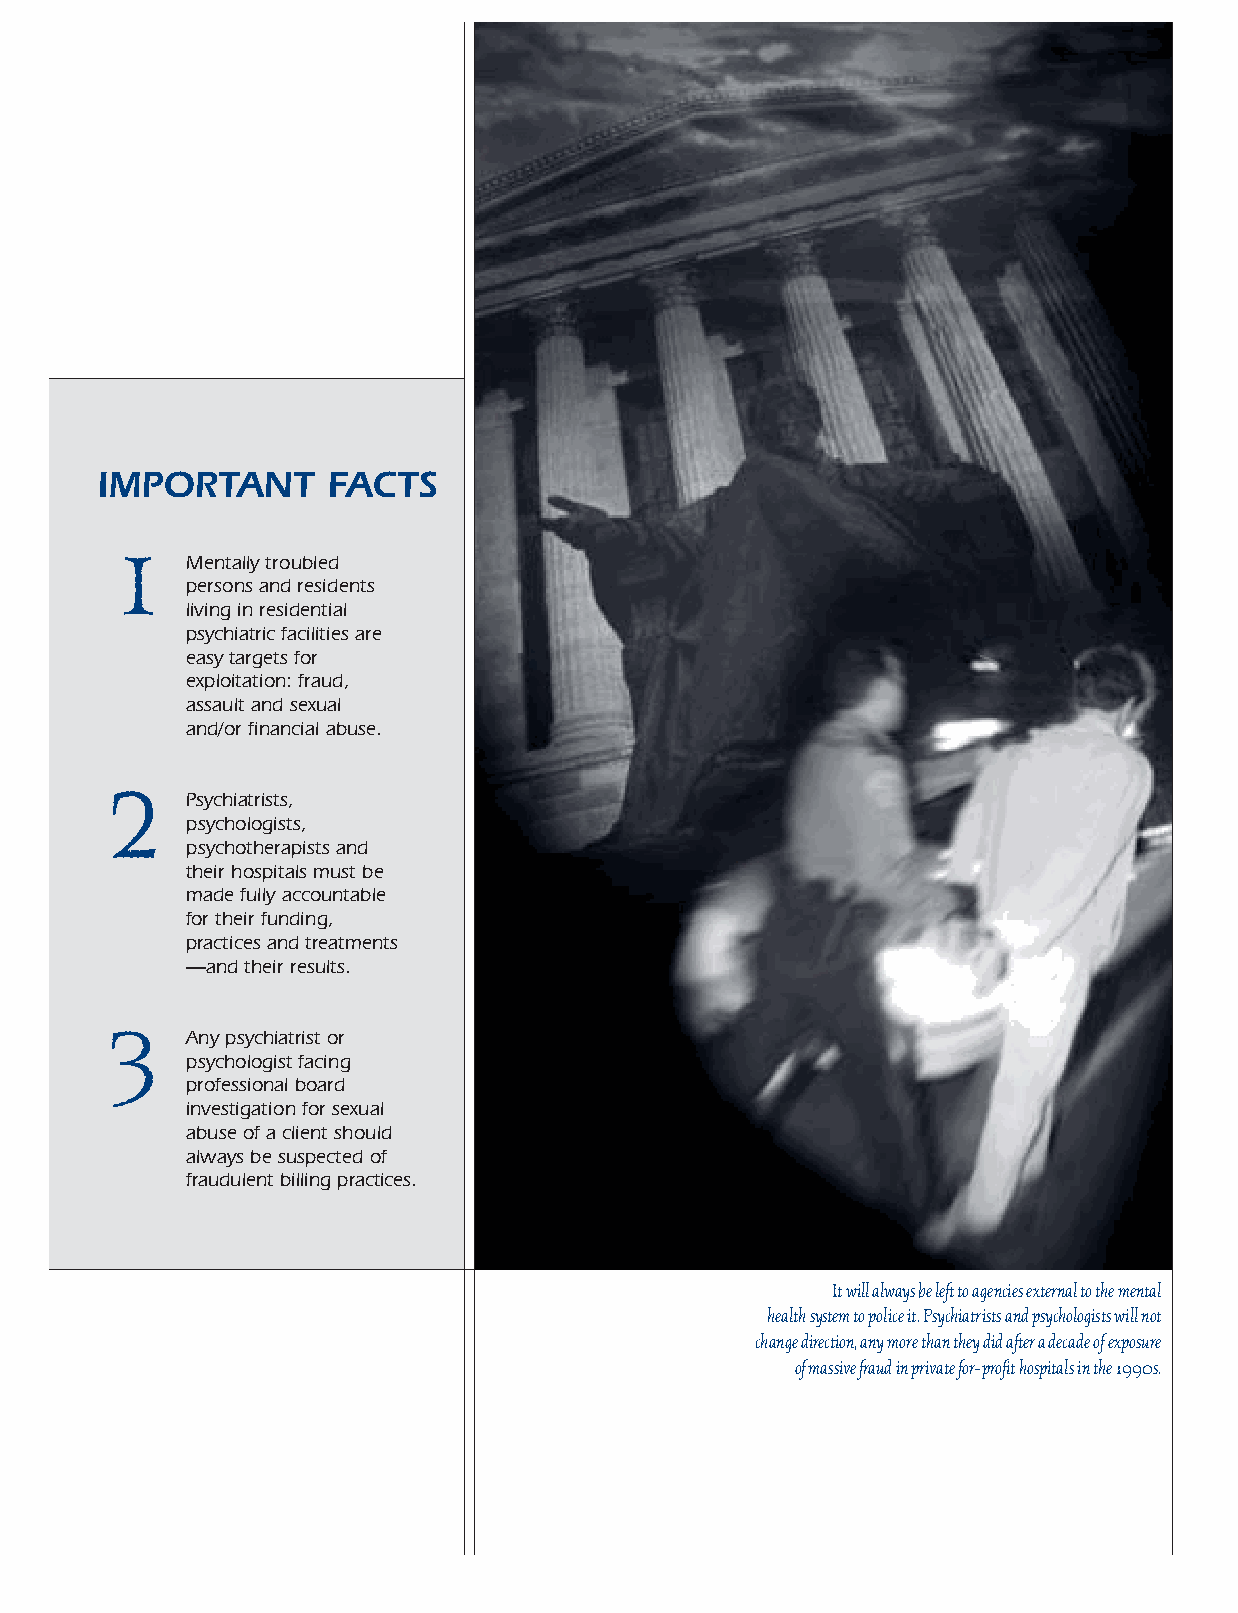
IMPORTANT       FACTS
 1
 Mentally troubled
 persons and residents
 living in residential
 psychiatric facilities are
 easy targets for
 exploitation: fraud,
 assault and sexual
 and/or financial abuse.
 2
 Psychiatrists,
 psychologists,
 psychotherapists and
 their hospitals must be
 made fully accountable
 for their funding,
 practices and treatments
 —and their results.
 3
 Any psychiatrist or
 psychologist facing
 professional board
 investigation for sexual
 abuse of a client should
 always be suspected of
 fraudulent billing practices.
 It will always be left to agencies external to the mental
 health system to police it. Psychiatrists and psychologists will not
 change direction, any more than they did after a decade of exposure
 of massive fraud in private for-profit hospitals in the 1990s.